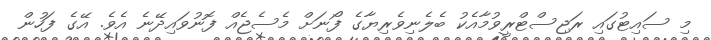
މި ސައިޓުގައި ރަޖިސްޓްރީވުމާއެކު ބެލެނިވެރިޔާގެ ފޯނަށް މެސެޖެއް ފޮނުވައިދޭނެ އެވެ. އޭގެ ފަހުން